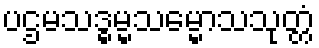
ပဌမသဒ္ဓမ္မသမ္မောသသုတ္တံ